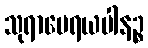
သုရာမေရယပါနဉ္စ